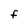
Character: F